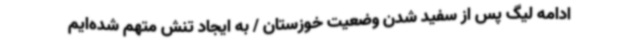
ادامه لیگ پس از سفید شدن وضعیت خوزستان / به ایجاد تنش متهم‌ شده‌ایم